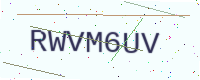
Text: RWVM6UV